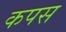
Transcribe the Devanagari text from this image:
कपस